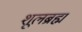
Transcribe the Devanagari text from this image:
शूलब्रह्म